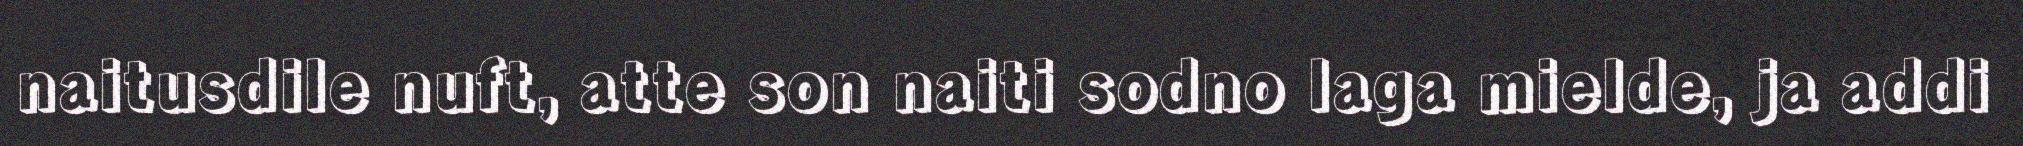
naitusdile nuft, atte son naiti sodno laga mielde, ja addi